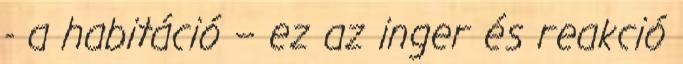
- a habitáció – ez az inger és reakció